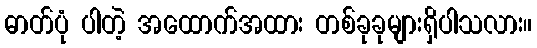
ဓာတ်ပုံ ပါတဲ့ အထောက်အထား တစ်ခုခုများရှိပါသလား။